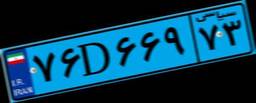
۳۹D۲۹۶۵۶